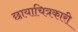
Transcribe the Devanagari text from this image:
छायाचित्रकारी